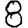
Digit: 8